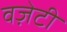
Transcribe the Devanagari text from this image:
वज़ेटी